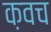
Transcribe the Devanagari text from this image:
क़वच